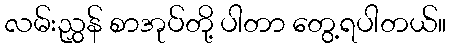
လမ်းညွှန် စာအုပ်တို့ ပါတာ တွေ့ရပါတယ်။